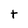
Character: t